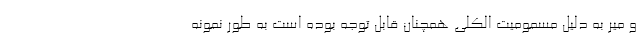
و میر به دلیل مسمومیت الکلی همچنان قابل توجه بوده است به طور نمونه